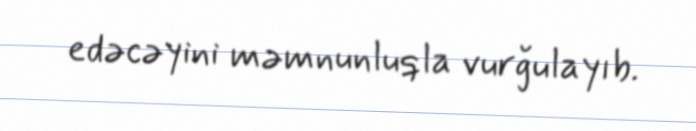
edəcəyini məmnunluqla vurğulayıb.